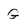
Character: G